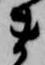
ま